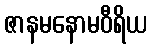
ဇာနမနောမဝီရိယ